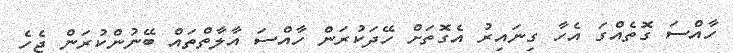
ހާއްސަ ގޮތެއްގަ އެހާ ގިނައިރު އެގޮތަށް ހޭދަކުރަން ހާއްސަ އާލާތްތައް ބޭނުންކުރަން ޖެހެ